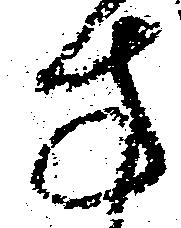
方